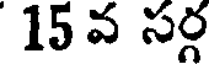
15 వ సర్గ